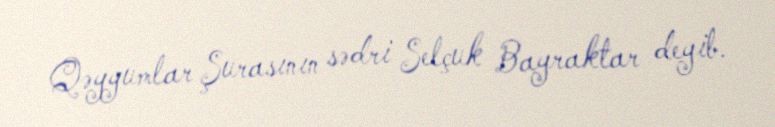
Qəyyumlar Şurasının sədri Selçuk Bayraktar deyib.